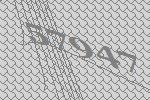
57947